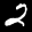
Label: 2